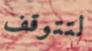
لتتوقف